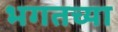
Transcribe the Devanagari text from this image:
भगतच्या